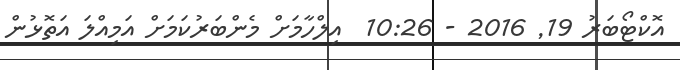
އޮކްޓޯބަރު 19